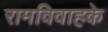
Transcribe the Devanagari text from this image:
रामविवाहके